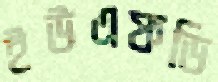
ইউএফডি